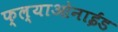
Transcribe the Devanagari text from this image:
फ्ल्याओनाईड